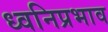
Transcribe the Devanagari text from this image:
ध्वनिप्रभाव